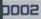
0002